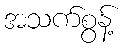
အသက်စွန့်